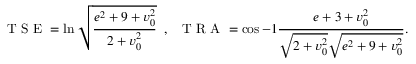
\mathrm { ~ T ~ S ~ E ~ } = \ln \sqrt { \frac { e ^ { 2 } + 9 + v _ { 0 } ^ { 2 } } { 2 + v _ { 0 } ^ { 2 } } } \; \; , \; \; \mathrm { ~ T ~ R ~ A ~ } = \cos { - 1 } \frac { e + 3 + v _ { 0 } ^ { 2 } } { \sqrt { 2 + v _ { 0 } ^ { 2 } } \sqrt { e ^ { 2 } + 9 + v _ { 0 } ^ { 2 } } } .